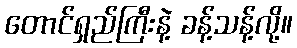
တောင်ရှည်ကြီးနဲ့ ခန့်သန့်လို့။